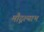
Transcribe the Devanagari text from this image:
मौद्गल्याभ